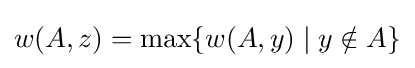
w(A,z)=\max\{w(A,y)\mid y\notin A\}